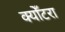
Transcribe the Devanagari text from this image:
क्योँटरा